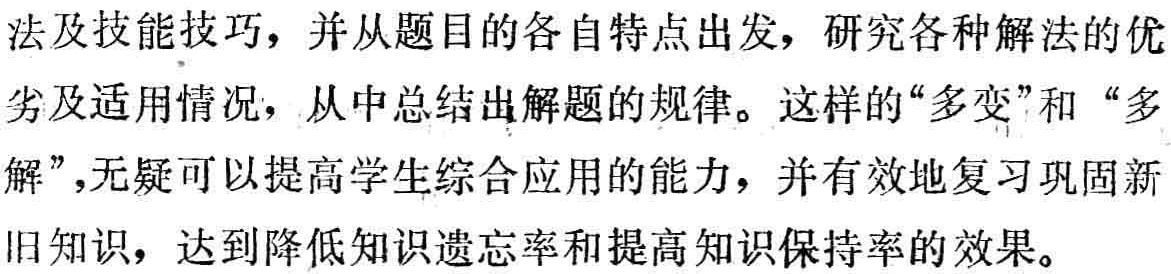
法及技能技巧，并从题目的各自特点出发，研究各种解法的优

劣及适用情况，从中总结出解题的规律。这样的“多变”和“多

解”,无疑可以提高学生综合应用的能力，并有效地复习巩固新

旧知识，达到降低知识遗忘率和提高知识保持率的效果。